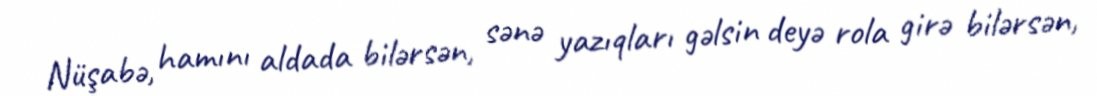
Nüşabə, hamını aldada bilərsən, sənə yazıqları gəlsin deyə rola girə bilərsən,